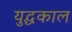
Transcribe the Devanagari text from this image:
युद्घकाल